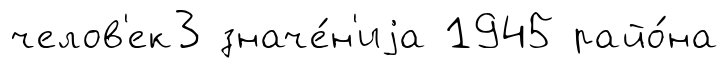
челов'ек3 значе́н'иjа 1945 райо́на